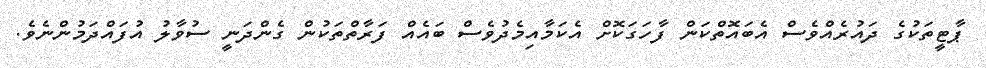
ޕާޓީތަކުގެ ދައުރެއްވެސް އެބައޮތްކަން ފާހަގަކޮށް އެކަމާއިމެދުވެސް ބައެއް ފަރާތްތަކުން ގެންދަނީ ސުވާލު އުފައްދަމުންނެވެ.